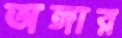
অঙ্গার